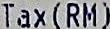
TAX(RM)